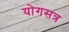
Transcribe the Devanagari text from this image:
योगसत्र